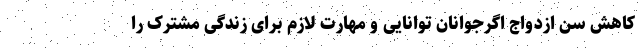
کاهش سن ازدواج اگرجوانان توانایی و مهارت لازم برای زندگی مشترک را